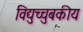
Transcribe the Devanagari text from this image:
विद्युच्चुबकीय